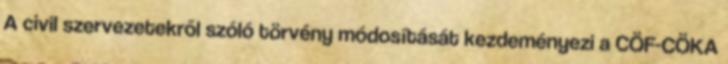
A civil szervezetekről szóló törvény módosítását kezdeményezi a CÖF-CÖKA